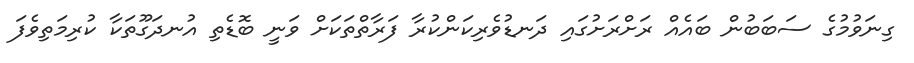
ގިނަވުމުގެ ސަބަބުން ބައެއް ރަށްރަށުގައި ދަނޑުވެރިކަންކުރާ ފަރާތްތަކަށް ވަނީ ބޮޑެތި އުނދަގޫތަކާ ކުރިމަތިވެފަ